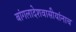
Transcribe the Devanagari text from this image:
बांगलादेशवासीयांनाच